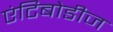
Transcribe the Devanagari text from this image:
एंटिबोडीज